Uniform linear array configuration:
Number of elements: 12
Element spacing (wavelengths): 0.5
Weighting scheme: blackman
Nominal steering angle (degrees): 15
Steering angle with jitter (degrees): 15.508
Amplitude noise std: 0.05
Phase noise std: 0.05

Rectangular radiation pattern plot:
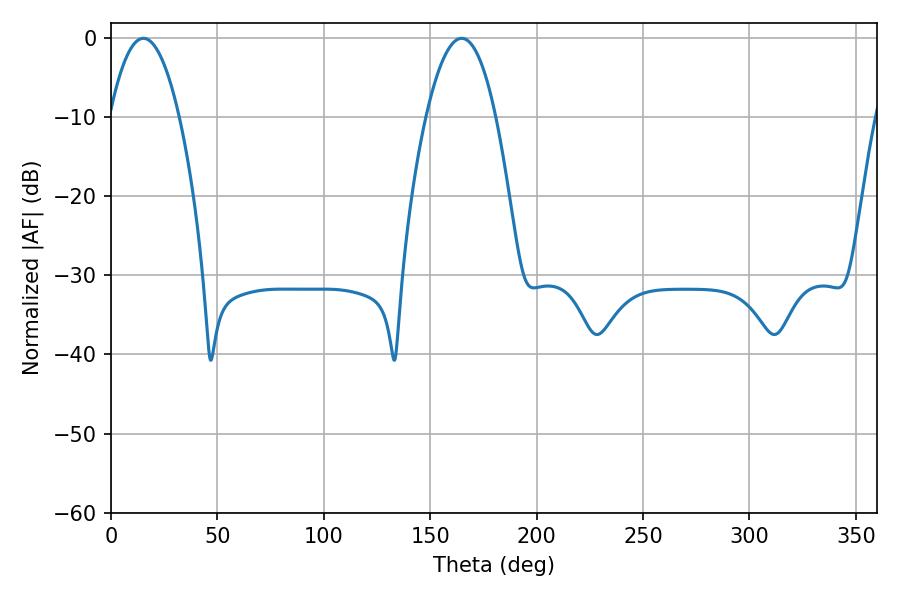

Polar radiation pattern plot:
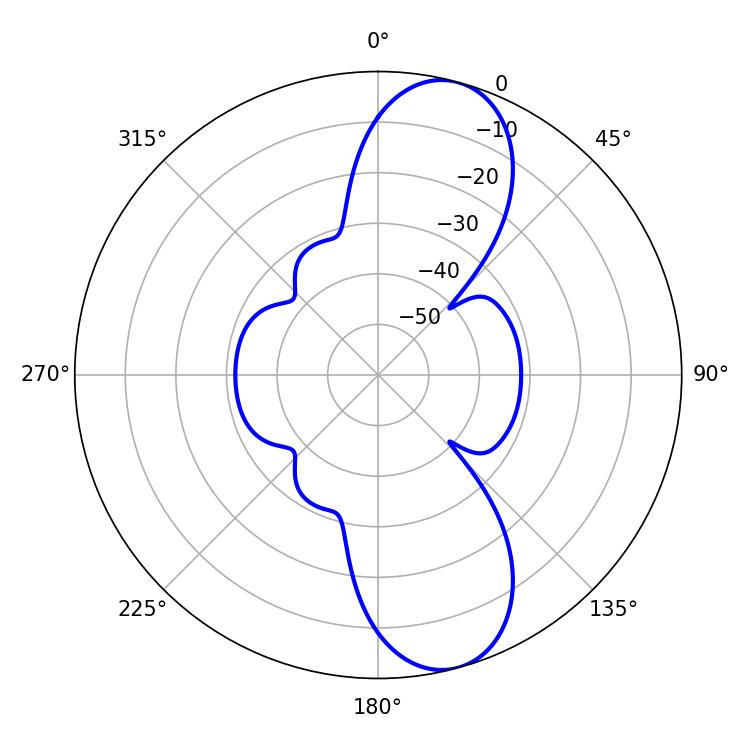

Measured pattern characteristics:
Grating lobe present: FALSE
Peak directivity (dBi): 10.505
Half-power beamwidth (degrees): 18.18
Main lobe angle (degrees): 15.3